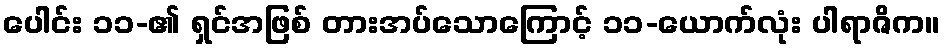
ပေါင်း ၁၁-၏ ရှင်အဖြစ် တားအပ်သောကြောင့် ၁၁-ယောက်လုံး ပါရာဇိက။